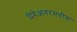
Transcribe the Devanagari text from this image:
दिवेआगरमधील